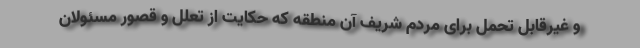
و غیرقابل تحمل برای مردم شریف آن منطقه که حکایت از تعلل و قصور مسئولان